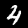
Digit: 4